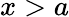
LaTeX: x>a